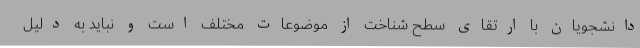
دانشجویان با ارتقای سطح شناخت از موضوعات مختلف است و نباید به دلیل